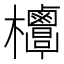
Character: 𣡣